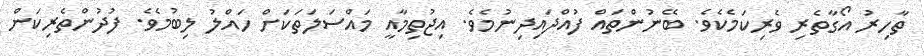
ތާހިރު އޯގާތެރި ވެރިކަމެކެވެ. ބޭނުންތައް ފުއްދައިދިނުމެވެ. އިޖުތިމާއީ މައްސަލަތަކަށް ހައްލު ލިބުމެވެ. ފުދުންތެރިކަން